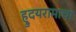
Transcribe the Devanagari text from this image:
ह्रुदयरामाचा